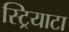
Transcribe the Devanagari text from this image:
स्ट्रियाटा